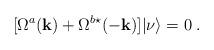
LaTeX: \begin{align*}[\Omega^{a}({\bf{k}})+\Omega^{b\star}({\bf{-k}})]|{\nu}\rangle=0\;.\end{align*}